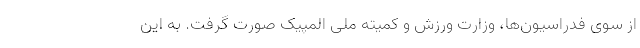
از سوی فدراسیون‌ها، وزارت ورزش و کمیته ملی المپیک صورت گرفت. به این